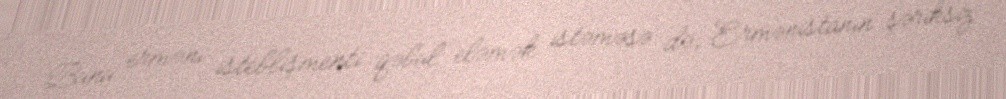
Bunu erməni isteblişmenti qəbul eləmək istəməsə də, Ermənistanın şəriksiz